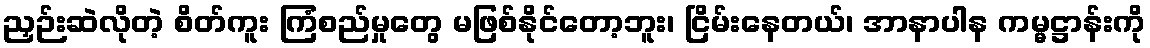
ညှဉ်းဆဲလိုတဲ့ စိတ်ကူး ကြံစည်မှုတွေ မဖြစ်နိုင်တော့ဘူး၊ ငြိမ်းနေတယ်၊ အာနာပါန ကမ္မဋ္ဌာန်းကို